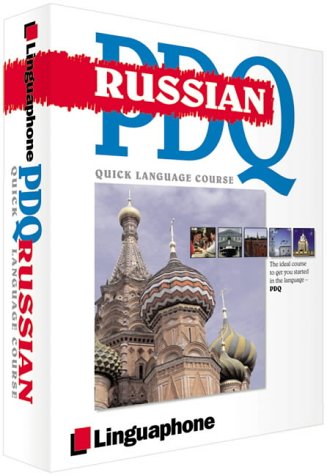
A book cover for Russian PDQ-Quick Comprehensive Course: Learn to Speak, Understand, Read and Write Russian with Linguaphone Language Programs; Katerina Burgess; Travel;